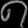
Digit: ၈